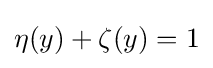
\eta (y)+\zeta (y)=1